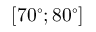
[ 7 0 ^ { \circ } ; 8 0 ^ { \circ } ]